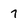
Character: 7